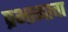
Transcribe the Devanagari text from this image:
प्रभागाचा